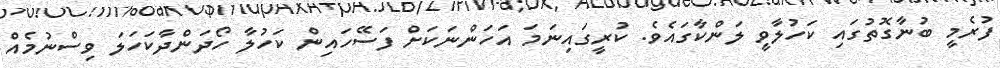
ފުރެމީ ބުނާގޮތުގައި ކަހުލާވީ ލަންކާގައެވެ. ކުރީގައިނަމަ އަހަންނަކަށް ފަސޭހައިން ކަހުލާ ހޯދަންދާކަހަލަ ވިސްނުމެއް